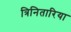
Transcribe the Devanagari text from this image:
त्रिनितारिया